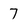
Character: 7